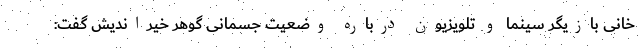
خانی بازیگر سینما و تلویزیون درباره وضعیت جسمانی گوهر خیراندیش گفت: